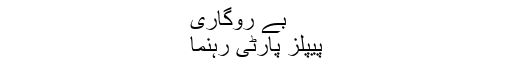
بے روگاری
پیپلز پارٹی رہنما